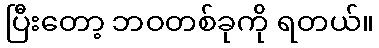
ပြီးတော့ ဘဝတစ်ခုကို ရတယ်။